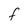
Character: F